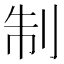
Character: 制